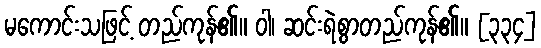
မကောင်းသဖြင့် တည်ကုန်၏။ ဝါ၊ ဆင်းရဲစွာတည်ကုန်၏။ [၃၃၄]